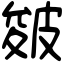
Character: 皴